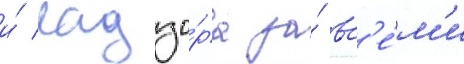
и́ надзо́ра за́ вс'е́м'и